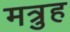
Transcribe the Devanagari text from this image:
मत्रुह